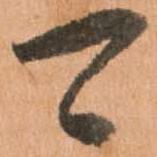
可